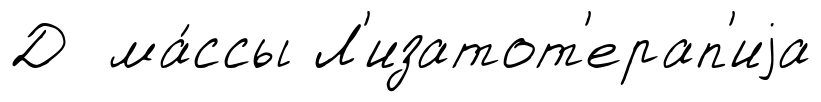
Д ма́ссы Л'изатот'ерап'иjа